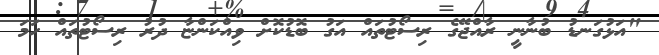
"އަޅުގަނޑު ބުނާނީ ރާއްޖޭގެ ރިސޯޓުތައް އަގު ބޮޑުކޮށް ވިއްކަންޏާ ދުރު ރިސޯޓުތައް ހަމަ